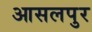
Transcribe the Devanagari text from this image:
आसलपुर